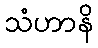
သံဟာနိ